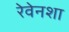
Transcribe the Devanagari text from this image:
रेवेनशा